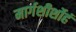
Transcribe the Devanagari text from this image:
मार्गशीर्शोहं